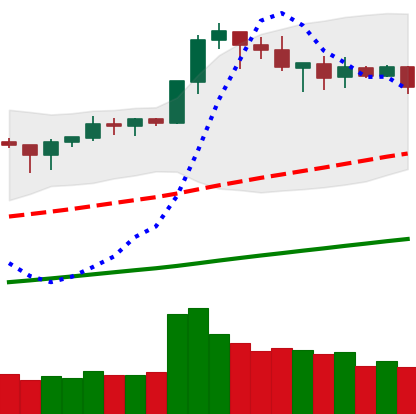
Ticker: BNB-USD
Chart end date: 2019-04-29
Forward return: 5.435%
Label: up_5_7